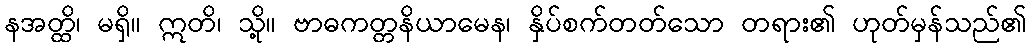
နအတ္ထိ၊ မရှိ။ ဣတိ၊ သို့။ ဗာဓကတ္တနိယာမေန၊ နှိပ်စက်တတ်သော တရား၏ ဟုတ်မှန်သည်၏